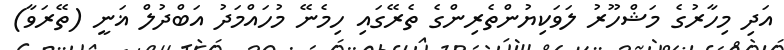
އަދި މިހާރުގެ މަޝްހޫރު ލަވަކިޔުންތެރިންގެ ތެރޭގައި ހިމެނޭ މުހައްމަދު އަބްދުލް ޣަނީ (ތޭރަވާ)